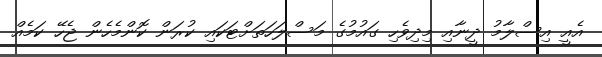
އެއީ އިސްލާމު ދީނާއި މިދިވެހި ގައުމުގެ މަސްލަހަތަށްޓަކައި ކުރަން ކޮންމެހެން ޖެހޭ ކަމެއް